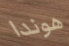
هوندا